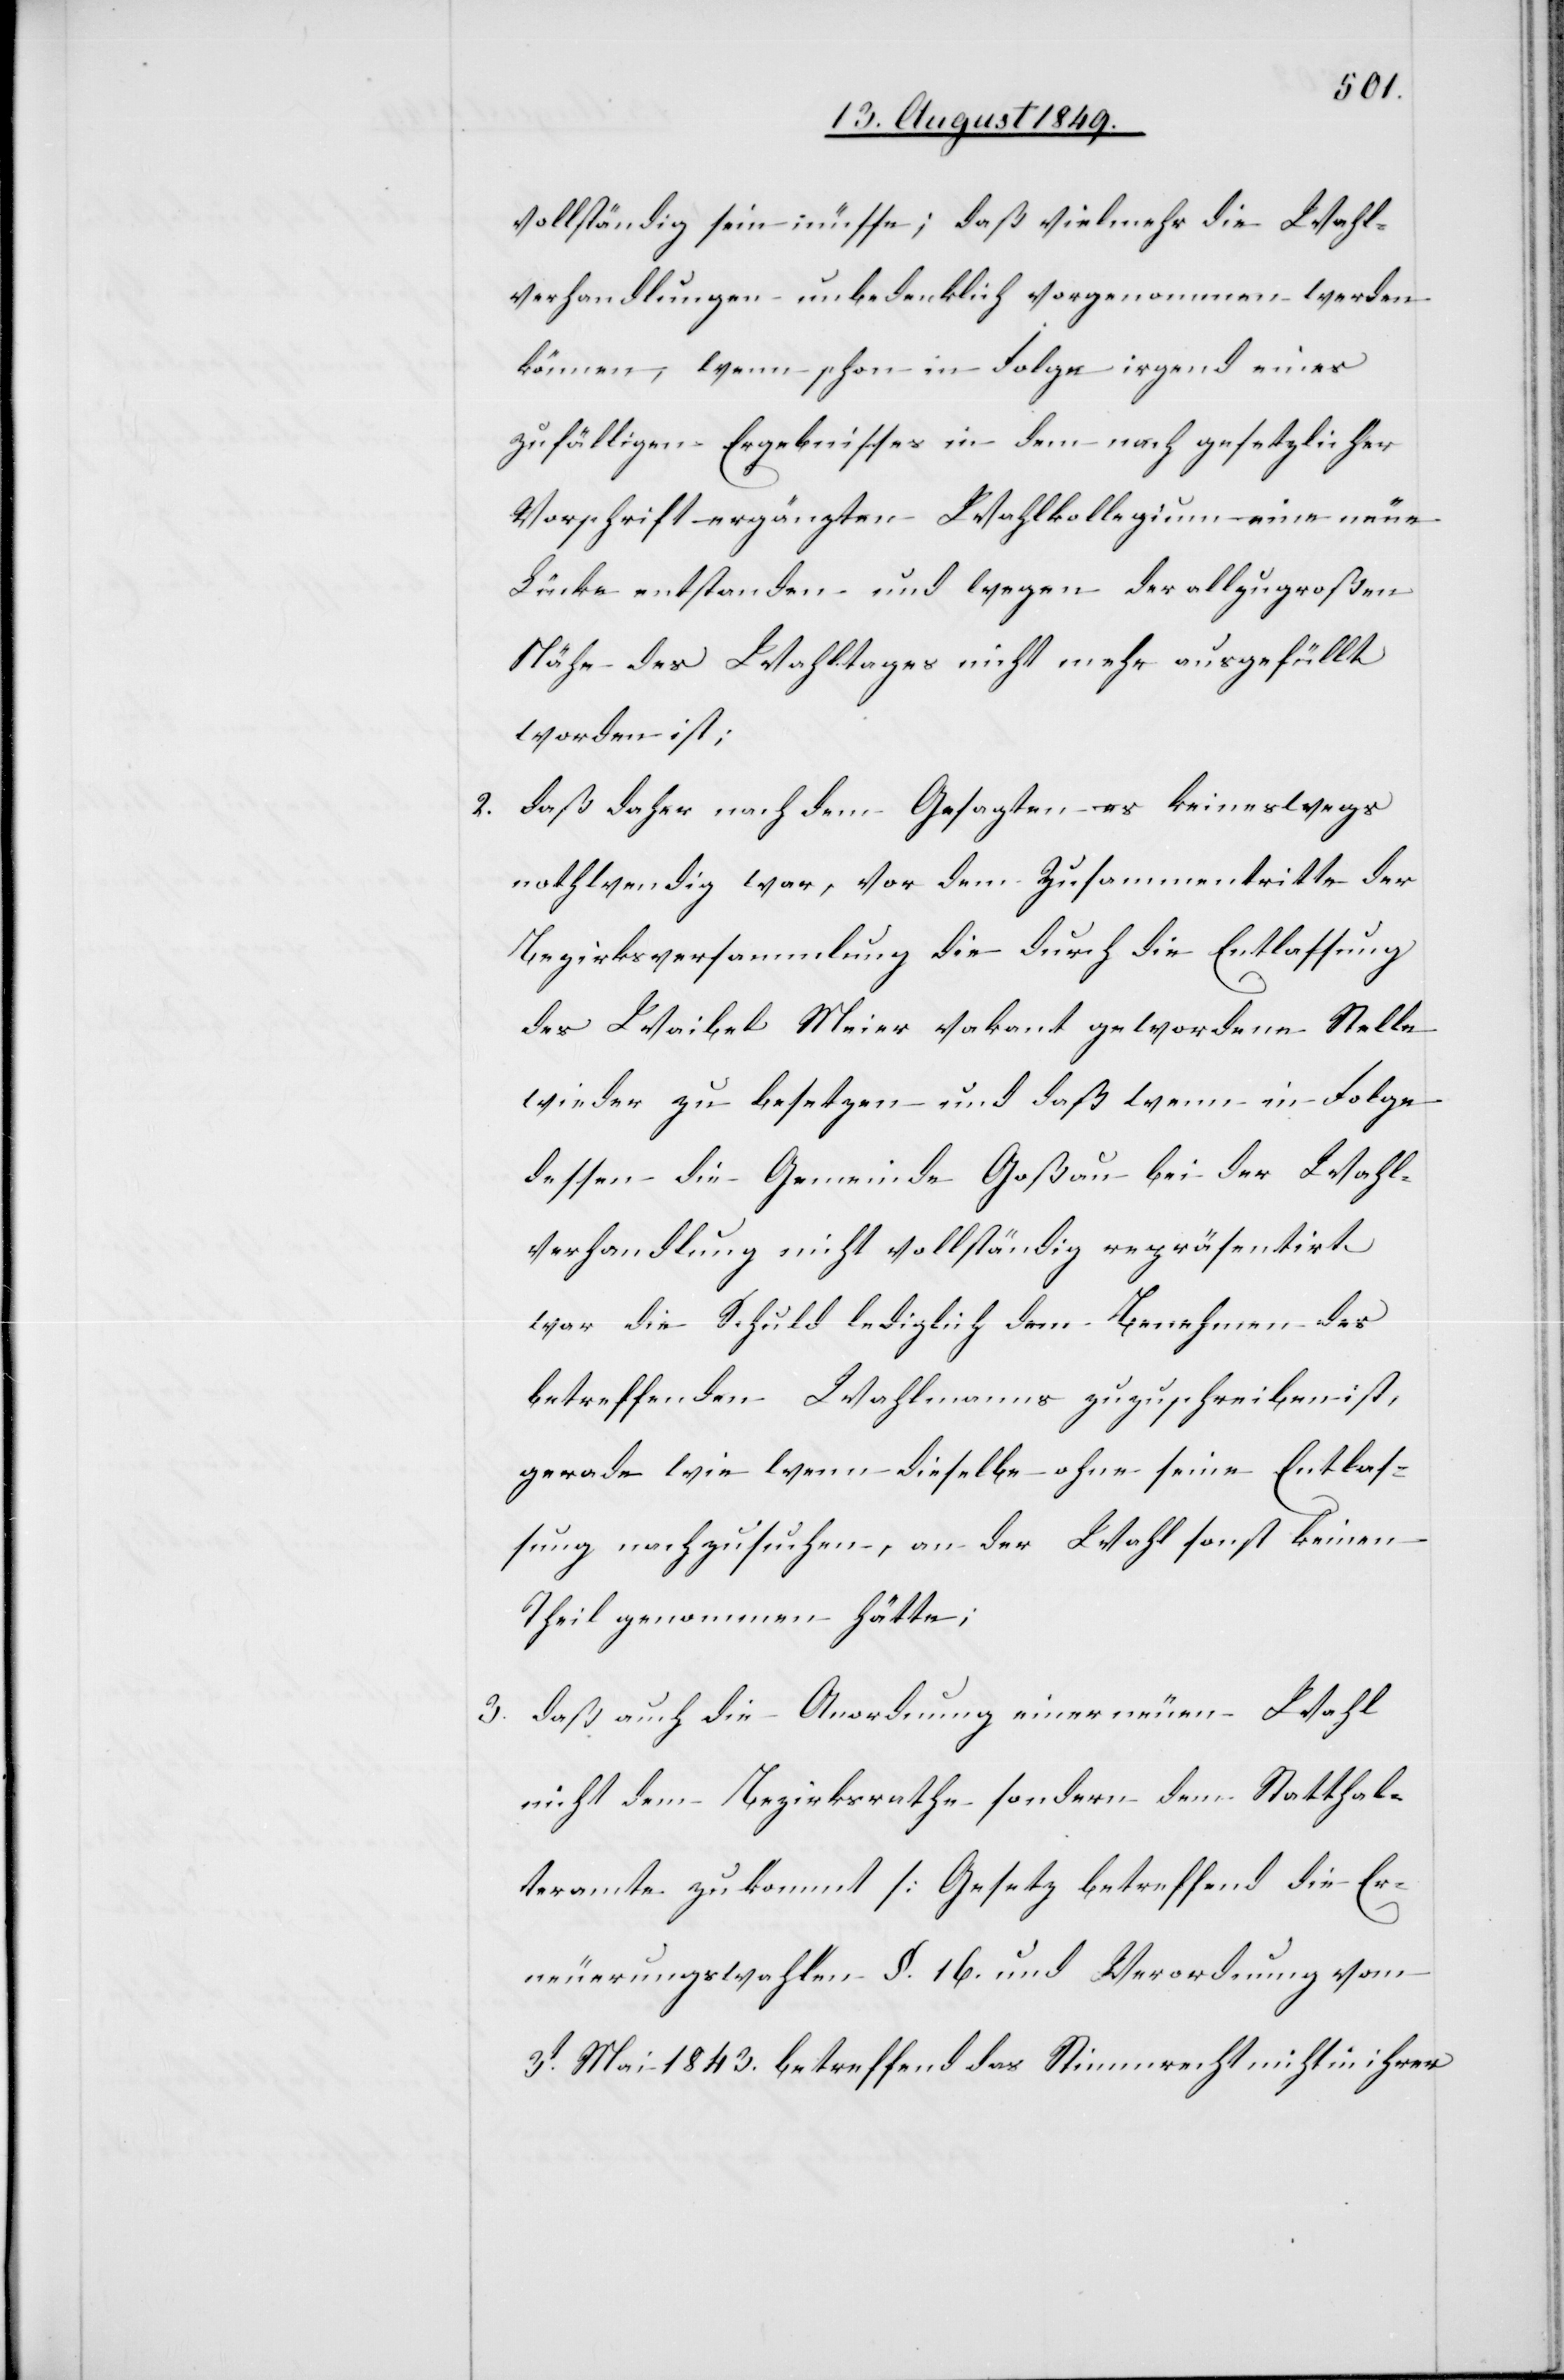
vollständig sein müsse; daß vielmehr die Wahl¬
verhandlungen unbedenklich vorgenommen werden
können, wenn schon in Folge irgend eines
zufälligen Ergebnisses in dem nach gesetzlicher
Vorschrift ergänzten Wahlkollegium eine neue
Lücke entstanden und wegen der allzugroßen
Nähe des Wahltages nicht mehr ausgefüllt
worden ist;
2. daß daher nach dem Gesagten es keineswegs
nothwendig war, vor dem Zusammentritte der
Bezirksversammlung die durch die Entlassung
des Waibel Meier vakant gewordene Stelle
wieder zu besetzen und daß wenn in Folge
dessen die Gemeinde Goßau bei der Wahl¬
verhandlung nicht vollständig repräsentirt
war die Schuld lediglich dem Benehmen des
betreffenden Wahlmanns zuzuschreiben ist,
gerade wie wenn dieselbe ohne seine Entlas¬
sung nachzusuchen, an der Wahl sonst keinen
Theil genommen hätte;
3. daß auch die Anordnung einer neuen Wahl
nicht dem Bezirksrathe sondern dem Statthal¬
teramte zukommt [Gesetz betreffend die Er¬
neuerungswahlen §. 16. und Verordnung vom
3t Mai 1843. betreffend das Stimmrecht nicht in ihrer